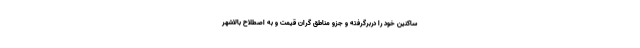
ساکنین خود را دربرگرفته و جزو مناطق گران قیمت و به اصطلاح بالاشهر